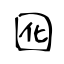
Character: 囮